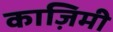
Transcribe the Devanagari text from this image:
काज़िमी